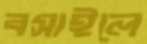
বসাইলে